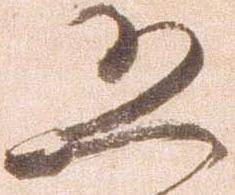
恐